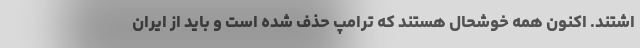
اشتند. اکنون همه خوشحال هستند که ترامپ حذف شده است و باید از ایران